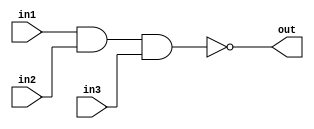
/*
    CS/ECE 552 Spring '19
    Homework #3, Problem 1

    3 input NAND
*/
module nand3 (in1,in2,in3,out);
    input in1,in2,in3;
    output out;
    assign out = ~(in1 & in2 & in3);
endmodule